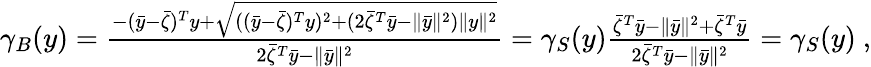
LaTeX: \begin{array}{r}{\gamma_{B}(y)=\frac{-(\bar{y}-\bar{\zeta})^{T}y+\sqrt{((\bar{y}-\bar{\zeta})^{T}y)^{2}+(2\bar{\zeta}^{T}\bar{y}-\| \bar{y}\| ^{2})\| y\| ^{2}}}{2\bar{\zeta}^{T}\bar{y}-\| \bar{y}\| ^{2}}=\gamma_{S}(y)\frac{\bar{\zeta}^{T}\bar{y}-\| \bar{y}\| ^{2}+\bar{\zeta}^{T}\bar{y}}{2\bar{\zeta}^{T}\bar{y}-\| \bar{y}\| ^{2}}=\gamma_{S}(y)\ ,}\end{array}